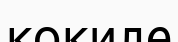
кокиле